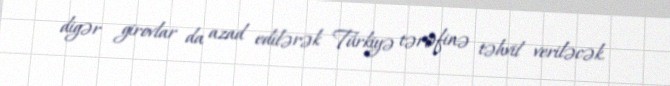
digər girovlar da azad edilərək Türkiyə tərəfinə təhvil veriləcək.